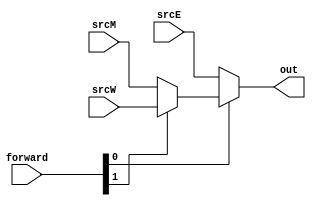
module ForwardMux(input [31:0] srcE, srcM, srcW, 
                  input [1:0] forward, 
                  output [31:0] out);
    assign out = forward[0] == 0 ? srcE :
                 forward[1] ? srcW : srcM;
endmodule